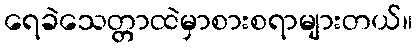
ရေခဲသေတ္တာထဲမှာစားစရာများတယ်။